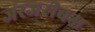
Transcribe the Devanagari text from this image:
जरजरीबक्ष